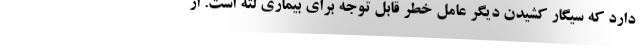
دارد که سیگار کشیدن دیگر عامل خطر قابل توجه برای بیماری لثه است. از